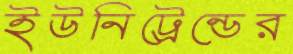
ইউনিট্রেন্ডের